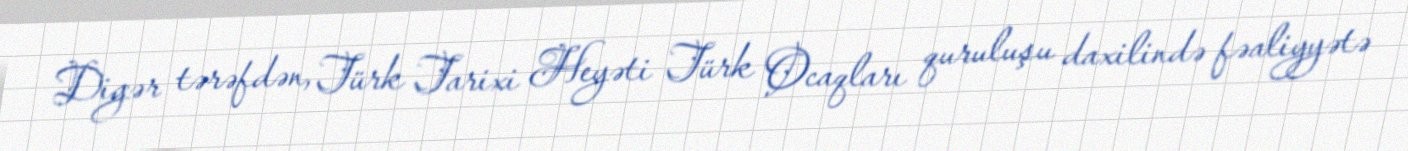
Digər tərəfdən, Türk Tarixi Heyəti Türk Ocaqları quruluşu daxilində fəaliyyətə